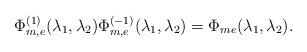
LaTeX: \begin{align*} \Phi_{m,e}^{(1)}(\lambda_1,\lambda_2)\Phi_{m,e}^{(-1)}(\lambda_1,\lambda_2)=\Phi_{me}(\lambda_1,\lambda_2).\end{align*}